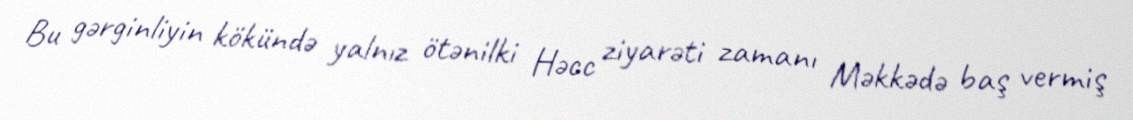
Bu gərginliyin kökündə yalnız ötənilki Həcc ziyarəti zamanı Məkkədə baş vermiş